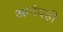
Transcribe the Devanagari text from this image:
आनंदही